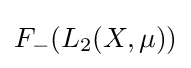
F_{-}(L_{2}(X,\mu ))